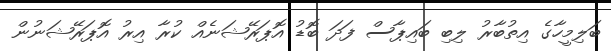
ބަލިމީހާގެ އިތުބާރު ލިބި ބައިޕާސް ފަދަ ބޮޑު އޮޕަރޭޝަނެއް ކުރާ އިރު އޮޕަރޭޝަނުން